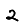
Digit: 2